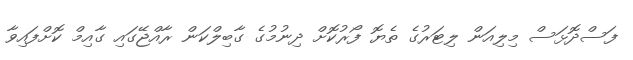
ފަސްދޮޅަސް މިލިއަން ލިޓަރުގެ ތެޔޮ ފޯރުކޮށް ދިނުމުގެ ގާބިލްކަން ރާއްޖޭގައި ގާއިމް ކޮށްފައިވާ